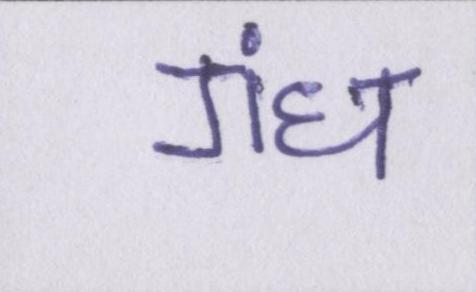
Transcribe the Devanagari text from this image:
गंध